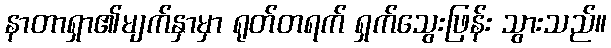
နာတာရှာ၏မျက်နှာမှာ ရုတ်တရက် ရှက်သွေးဖြန်း သွားသည်။